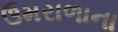
ઉમરાળાના